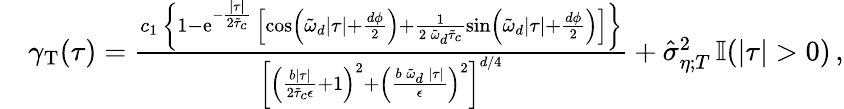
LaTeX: \begin{array}{rl}&{\gamma_{\mathrm{T}}(\tau)=\frac{c_{1}\, \left\{ 1-\mathrm{e}^{-\frac{\lvert\tau\rvert}{2\tilde{\tau}_{c}}}\, \left[\cos\left(\tilde{\omega}_{d}\lvert\tau\rvert+\frac{d\phi}{2}\right)+\frac{1}{2\, \tilde{\omega}_{d}\tilde{\tau}_{c}}\sin\left(\tilde{\omega}_{d}\lvert\tau\rvert+\frac{d\phi}{2}\right)\right]\right\} }{\left[\left(\frac{b\lvert\tau\rvert}{2\tilde{\tau}_{c}\epsilon}+1\right)^{2}+\left(\frac{b\, \tilde{\omega}_{d}\, \lvert\tau\rvert}{\epsilon}\right)^{2}\right]^{d/4}}+\hat{\sigma}_{\eta;T}^{2}\, \mathbb{I}(\lvert\tau\rvert>0)\, ,}\end{array}